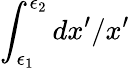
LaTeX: \int_{\epsilon_{1}}^{\epsilon_{2}}dx^{\prime}/x^{\prime}